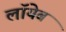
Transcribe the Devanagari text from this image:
लाॅयेब